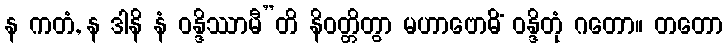
န ကတံ, န ဒါနိ နံ ဝန္ဒိဿာမီ”တိ နိဝတ္တိတွာ မဟာဗောဓိံ ဝန္ဒိတုံ ဂတော။ တတော